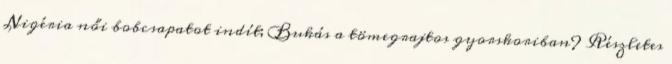
Nigéria női bobcsapatot indít; Bukás a tömegrajtos gyorskoriban? Részletes